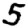
Digit: 5